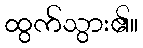
ထွက်သွား၏။